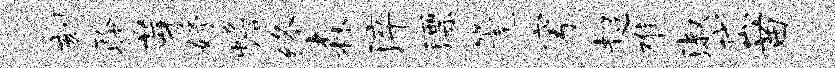
刻聆芽妤蟾终森淬漂篪穹超难淑岱苗